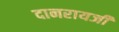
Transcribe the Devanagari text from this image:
दानरायजी